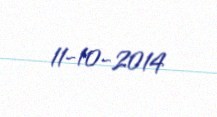
11-10-2014